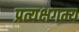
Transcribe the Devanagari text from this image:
प्रत्यक्षगम्य